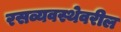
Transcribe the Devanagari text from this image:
रसव्यवस्थेवरील